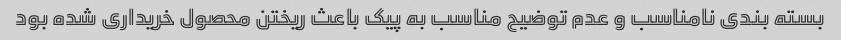
بسته بندی نامناسب و عدم توضیح مناسب به پیک باعث ریختن محصول خریداری شده بود